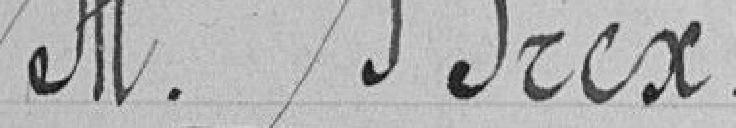
Monsieur BREX